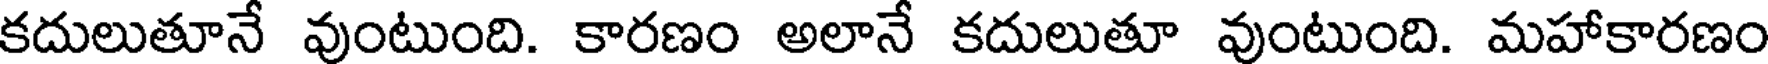
కదులుతూనే వుంటుంది. కారణం అలానే కదులుతూ వుంటుంది. మహాకారణం